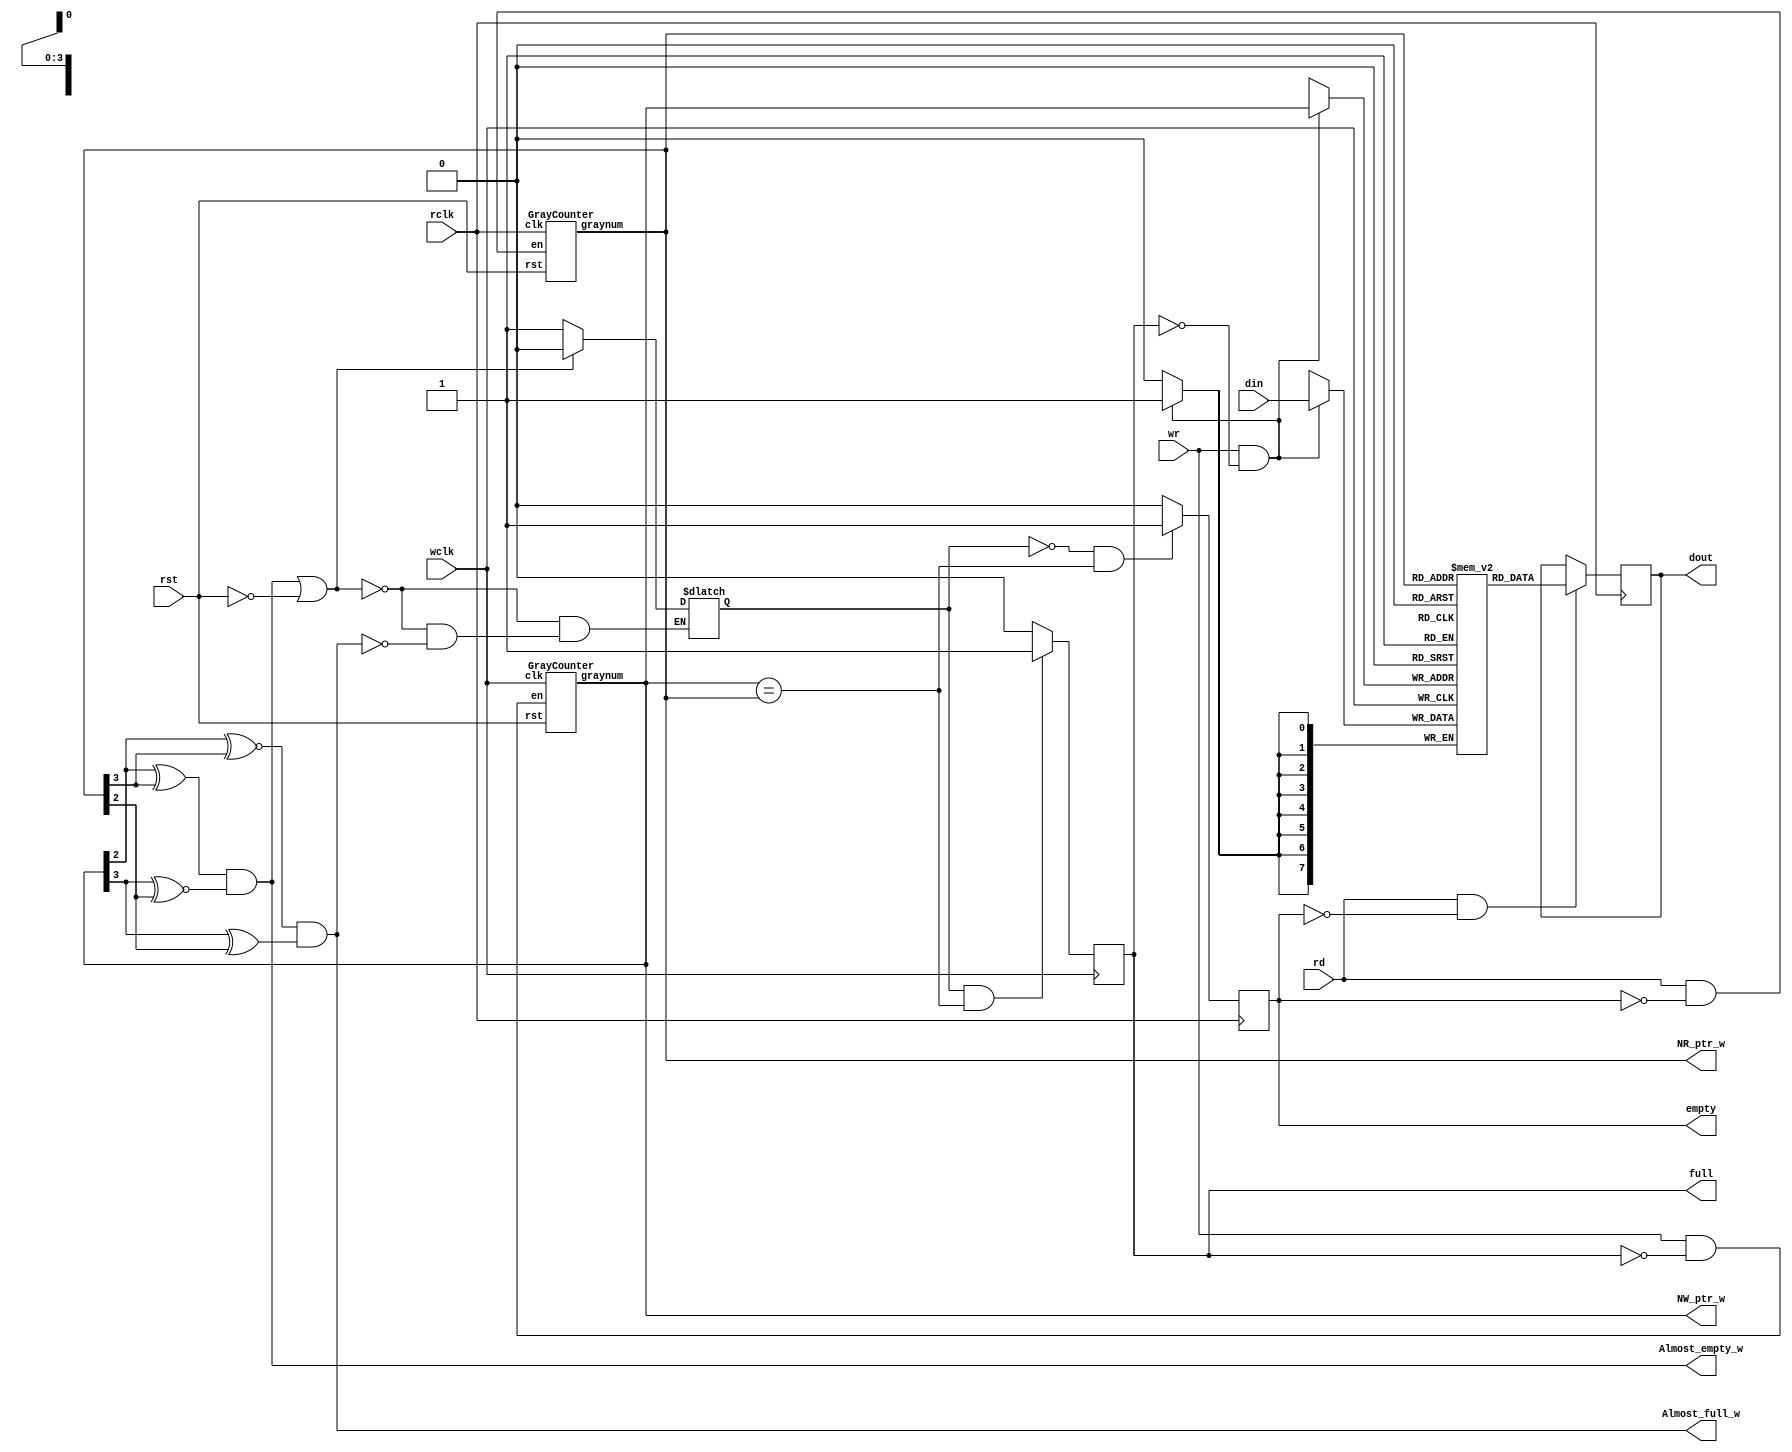
`timescale 1ns/1ps

module a_fifo
  #(parameter    DATA_W    = 8,
                 ADDR_W = 4,
                 MEM_D    = (1 << ADDR_W))
     //Reading port
    (output reg  [DATA_W-1:0]        dout, 
     output reg                          empty,
     input wire                          rd,
     input wire                          rclk,        
     //Writing port.	 
     input wire  [DATA_W-1:0]        din,  
     output reg                          full,
     input wire                          wr,
     input wire                          wclk,
	 
output [ADDR_W-1:0]  NW_ptr_w,
output [ADDR_W-1:0]  NR_ptr_w,
output Almost_empty_w,
output Almost_full_w,

     input wire                          rst 
 );



    /////Internal connections & variables//////
    reg   [DATA_W-1:0]              Mem [MEM_D-1:0];
    wire  [ADDR_W-1:0]           NW_ptr, NR_ptr;
    wire                                Equal;
    wire                                Wr_en, Rd_en;
    wire                                Almost_full, Almost_empty;
    reg                                 Almost_what;
    wire                                Asyn_full, Asyn_empty;
    
 assign NR_ptr_w = NR_ptr;
 assign NW_ptr_w = NW_ptr;

    //////////////Code///////////////
    //Data ports logic:
    //(Uses a dual-port RAM).
    //'dout' logic:
    always @ (posedge rclk)
        if (rd & !empty)
            dout <= Mem[NR_ptr];
            
    //'din' logic:
    always @ (posedge wclk)
        if (wr & !full)
            Mem[NW_ptr] <= din;

    //Fifo addresses support logic: 
    //'Next Addresses' enable logic:
    assign Wr_en = wr & ~full;
    assign Rd_en  = rd  & ~empty;
           
    //Addreses (Gray counters) logic:
    GrayCounter GrayCounter_pWr
       (.graynum(NW_ptr),
        .en(Wr_en),
        .rst(rst),
        .clk(wclk)
       );
       
    GrayCounter GrayCounter_pRd
       (.graynum(NR_ptr),
        .en(Rd_en),
        .rst(rst),
        .clk(rclk)
       );
     

    //'Equal' logic:
    assign Equal = (NW_ptr == NR_ptr);

    //'Quadrant selectors' logic:
    assign Almost_full = (NW_ptr[ADDR_W-2] ~^ NR_ptr[ADDR_W-1]) &
                         (NW_ptr[ADDR_W-1] ^  NR_ptr[ADDR_W-2]);
                            
    assign Almost_empty = (NW_ptr[ADDR_W-2] ^  NR_ptr[ADDR_W-1]) &
                         (NW_ptr[ADDR_W-1] ~^ NR_ptr[ADDR_W-2]);

    assign Almost_empty_w = Almost_empty;
    assign Almost_full_w = Almost_full;

                         
    //'Almost' latch logic:
    always @ (Almost_full, Almost_empty, rst) begin //D Latch w/ Asynchronous Clear & Preset.
        if (Almost_empty | !rst)
            Almost_what = 0;  //Going 'Empty'.
        else if (Almost_full)
            Almost_what = 1;  //Going 'Full'.
    end
    
            
    //'full' logic for the writing port:
    assign Asyn_full = Almost_what & Equal;  //'Full' Fifo.
    ////assign Asyn_full = Almost_full & Equal;  //'Full' Fifo.
    
    //always @ (posedge wclk, posedge Asyn_full) begin //D Flip-Flop w/ Asynchronous Preset.
    always @ (posedge wclk) begin //D Flip-Flop w/ Asynchronous Preset.
        if (Asyn_full)
            full <= 1;
        else
            full <= 0;
    end     
    //'empty' logic for the reading port:
    assign Asyn_empty = ~Almost_what & Equal;  //'Empty' Fifo.
    ////assign Asyn_empty = (Almost_empty & Equal)|!rst;  //'Empty' Fifo.
    ////assign Asyn_empty = (Almost_empty|!rst) & Equal;  //'Empty' Fifo.
    
    //always @ (posedge rclk, posedge Asyn_empty) begin //D Flip-Flop w/ Asynchronous Preset.
    //posedge rclk
    always @ (posedge rclk) begin //D Flip-Flop w/ Asynchronous Preset.
        if (Asyn_empty)
            empty <= 1;
        else
            empty <= 0;
    end
            
endmodule

module GrayCounter
   #(parameter   NUM_WIDTH = 4)
   
    (output reg  [NUM_WIDTH-1:0]    graynum,  //'Gray' code count output.
    
     input wire                         en,  //Count enable.
     input wire                         rst,   //Count reset.
    
     input wire                         clk);

    /////////Internal connections & variables///////
    reg    [NUM_WIDTH-1:0]         binarynum;

    /////////Code///////////////////////
    
    always @ (posedge clk)
        if (!rst) begin
            binarynum   <= {NUM_WIDTH{1'b 0}} + 1;  //Gray count begins @ '1' with
            graynum <= {NUM_WIDTH{1'b 0}};      // first 'en'.
        end
        else if (en) begin
            binarynum   <= binarynum + 1;
            graynum <= {binarynum[NUM_WIDTH-1],
                              binarynum[NUM_WIDTH-2:0] ^ binarynum[NUM_WIDTH-1:1]};
        end
    
endmodule